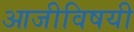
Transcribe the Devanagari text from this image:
आजीविषयी